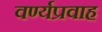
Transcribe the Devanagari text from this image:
वर्ण्यप्रवाह